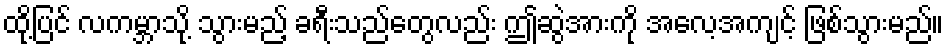
ထို့ပြင် လကမ္ဘာသို့ သွားမည့် ခရီးသည်တွေလည်း ဤဆွဲအားကို အလေ့အကျင့် ဖြစ်သွားမည်။